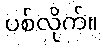
ပစ်လိုက်။